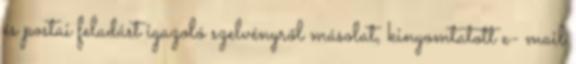
és postai feladást igazoló szelvényről másolat, kinyomtatott e- mail